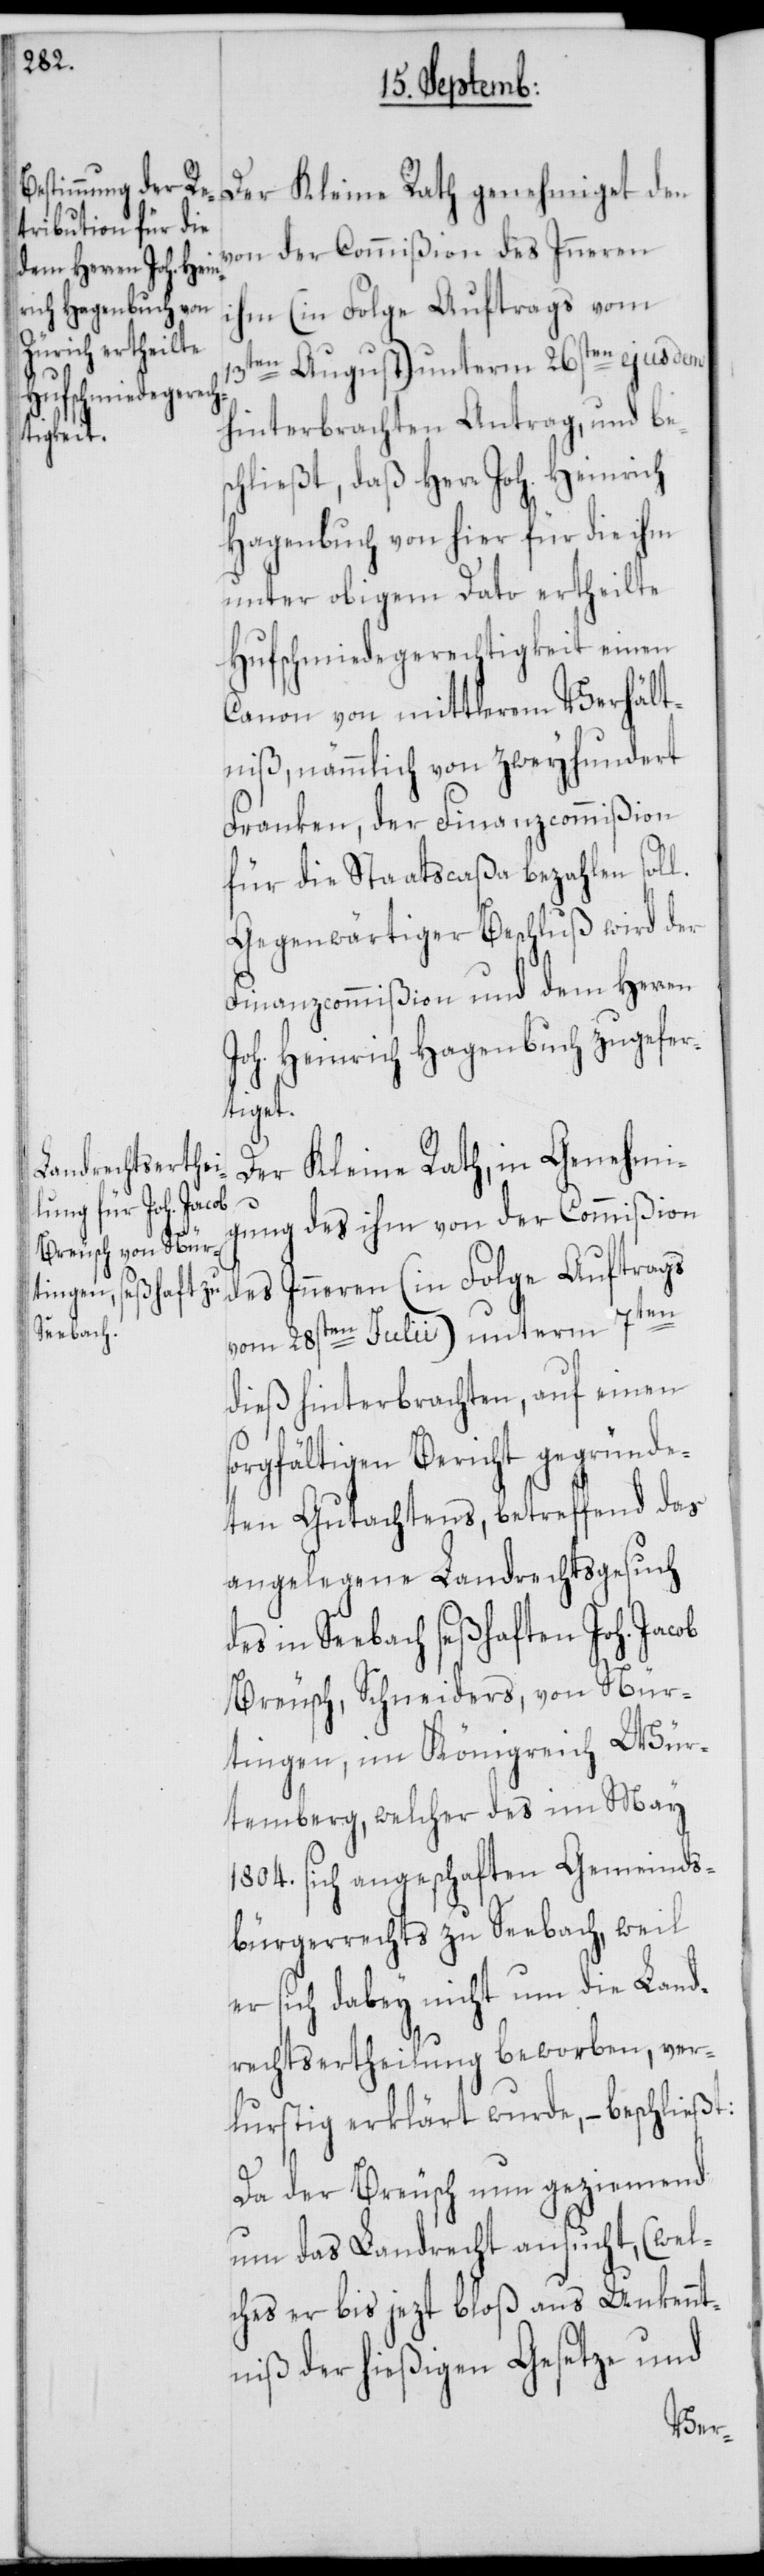
Der Kleine Rath genehmiget den
von der Commißion des Inneren
ihm (in Folge Auftrags vom
13ten August) unterm 26sten ejusdem
hinterbrachten Antrag, und be¬
schließt, daß Herr Joh. Heinrich
Hagenbuch von hier für die ihm
unter obigem Dato ertheilte
Hufschmiedegerechtigkeit einen
Canon von mittlerem Verhält¬
niß, nämmlich von zweyhundert
Franken, der Finanzcommißion
für die Staatscaßa bezahlen soll.
Gegenwärtiger Beschluß wird der
Finanzcommißion und dem Herren
Joh. Heinrich Hagenbuch zugefer¬
tiget.
Der Kleine Rath, in Genehmi¬
gung des ihm von der Commißion
des Inneren (in Folge Auftrags
vom 28sten Julii) unterm 7ten
dieß hinterbrachten, auf einen s¬
orgfältigen Bericht gegründe¬
ten Gutachtens, betreffend das
angelegene Landrechtsgesuch
in Seebach seßhaften Joh. Jacob
Breusch, Schneiders, von Nür¬
tingen im Königreich Wür¬
temberg, welcher des im May
1804. sich angescha[f]ften Gemeinds¬
bürgerrecht zu Seebach, weil
er sich dabey nicht um die Land¬
rechtsertheilung beworben, ver¬
lurstig erklärt wurde, – beschließt:
Da der Breusch nun geziemend
um das Landrecht ansucht, (wel¬
ches er bis jezt bloß aus Unkennt¬
niß der hießigen Gesetze und